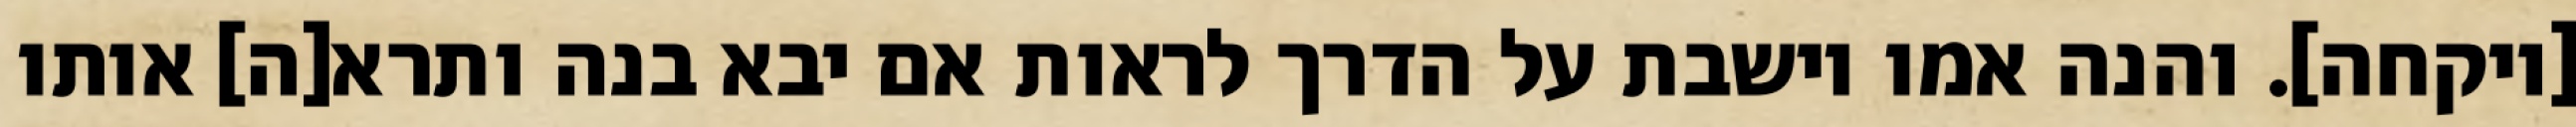
[ויקחה]. והנה אמו יושבת על הדרך לראות אם יבא בנה ותרא[ה] אותו